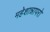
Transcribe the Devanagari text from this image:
महेशान्नापरो